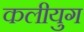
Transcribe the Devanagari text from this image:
कलीयुग